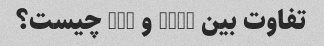
تفاوت بین HTML و CSS چیست؟